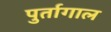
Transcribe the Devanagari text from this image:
पुर्तागाल